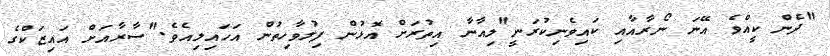
"ދެން ކީއްވެ އޭނަ ނޯރާއާއި ކައިވެނިކުރަނީ"ލިއާނާ އިތުރަށް އޮޅުން ފިލުވާހިތުން އަހައިލިއެވެ."ސާރާއަށް އައިޒަކްގެ